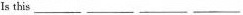
It is the___ ___ ___ ___